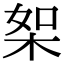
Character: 桇